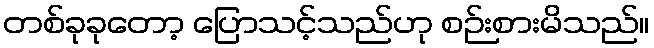
တစ်ခုခုတော့ ပြောသင့်သည်ဟု စဉ်းစားမိသည်။